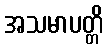
အသမာပတ္တိ